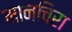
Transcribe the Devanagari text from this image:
मानचिरा